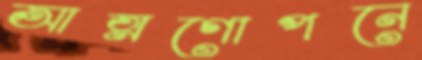
আত্মগোপনে